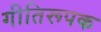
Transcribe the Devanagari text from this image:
गीतिरूपक